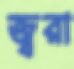
জ্বরা